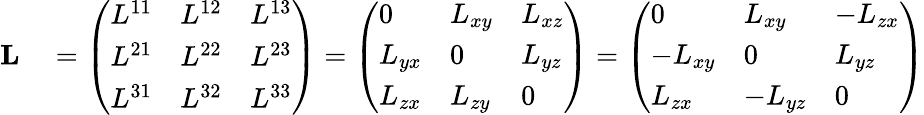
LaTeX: \begin{array}{rl}{\mathbf{L}}&{{}={\left(\begin{array}{lll}{L^{11}}&{L^{12}}&{L^{13}}\\ {L^{21}}&{L^{22}}&{L^{23}}\\ {L^{31}}&{L^{32}}&{L^{33}}\end{array}\right)}={\left(\begin{array}{lll}{0}&{L_{xy}}&{L_{xz}}\\ {L_{yx}}&{0}&{L_{yz}}\\ {L_{zx}}&{L_{zy}}&{0}\end{array}\right)}={\left(\begin{array}{lll}{0}&{L_{xy}}&{-L_{zx}}\\ {-L_{xy}}&{0}&{L_{yz}}\\ {L_{zx}}&{-L_{yz}}&{0}\end{array}\right)}}\end{array}